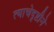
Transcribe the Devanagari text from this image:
त्याचेदृष्टीने